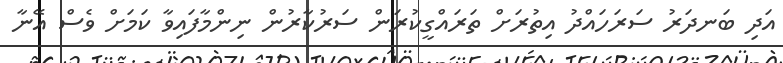
އަދި ބަނދަރު ސަރަހައްދު އިތުރަށް ތަރައްގީކުރަން ސަރުކާރުން ނިންމާފައިވާ ކަމަށް ވެސް އޭނާ